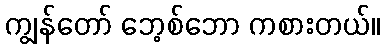
ကျွန်တော် ဘေ့စ်ဘော ကစားတယ်။